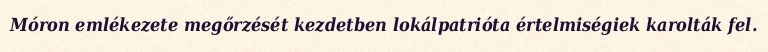
Móron emlékezete megőrzését kezdetben lokálpatrióta értelmiségiek karolták fel.